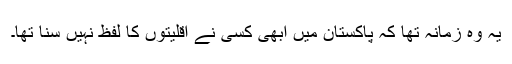
یہ وہ زمانہ تھا کہ پاکستان میں ابھی کسی نے اقلیتوں کا لفظ نہیں سنا تھا۔